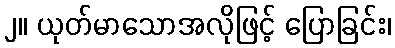
၂။ ယုတ်မာသောအလိုဖြင့် ပြောခြင်း၊